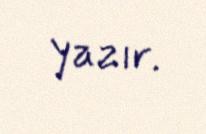
yazır.